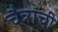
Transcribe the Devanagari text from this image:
चैत्राची